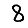
Digit: 8